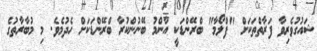
ޝައުގުވެރިވާ ފަރާތްތަކަށް "ފްލޯމާ" ބްރޭންޑަކީ އާންމު ބޭނުންކުރާ ބްރޭންޑަކަށް ހެދުމެވެ. މި މުބާރާތުގެ